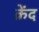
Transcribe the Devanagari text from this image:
क्रेंद